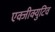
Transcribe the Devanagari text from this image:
एक्जीक्युटिव